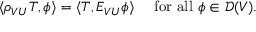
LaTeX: \qquad \langle \rho _ { V U } T , \phi \rangle = \langle T , E _ { V U } \phi \rangle \quad { \mathrm { ~ f o r ~ a l l ~ } } \phi \in { \mathcal { D } } ( V ) .